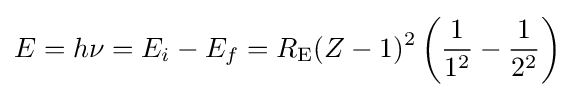
E=h\nu =E_{i}-E_{f}=R_{\mathrm {E} }(Z-1)^{2}\left({\frac {1}{1^{2}}}-{\frac {1}{2^{2}}}\right)